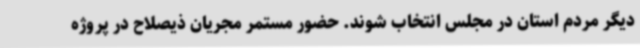
دیگر مردم استان در مجلس انتخاب شوند. حضور مستمر مجریان ذیصلاح در پروژه